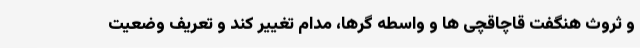
و ثروث هنگفت قاچاقچی ها و واسطه گرها، مدام تغییر کند و تعریف وضعیت